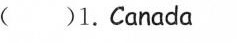
( )1.Canada